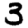
Digit: 3